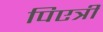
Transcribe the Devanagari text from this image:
पिएत्री